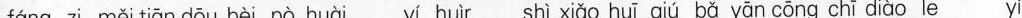
fáng zi měi tiān dōu bèi pò huài yí huìr shì xiǎo huī qiú bǎ yān cōng chī diào le yí